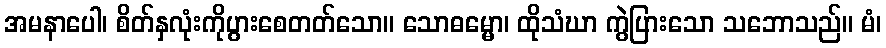
အမနာပေါ၊ စိတ်နှလုံးကိုပွားစေတတ်သော။ သောဓမ္မော၊ ထိုသံဃာ ကွဲပြားသော သဘောသည်။ မံ၊